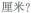
厘米?